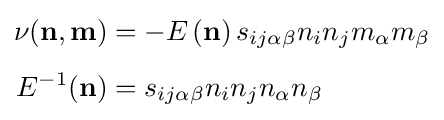
{\begin{aligned}\nu (\mathbf {n} ,\mathbf {m} )&=-E\left(\mathbf {n} \right)s_{ij\alpha \beta }n_{i}n_{j}m_{\alpha }m_{\beta }\\[4px]E^{-1}(\mathbf {n} )&=s_{ij\alpha \beta }n_{i}n_{j}n_{\alpha }n_{\beta }\end{aligned}}